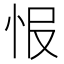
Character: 𢘎